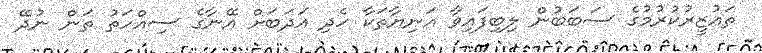
ތަޢުޒީރުކުރުމުގެ ސަބަބުން ލިބިފައިވާ އަނިޔާތަކާ ހެދި އަދަބަށް އޭނާގެ ސިއްހަތު ތަން ނުދޭ